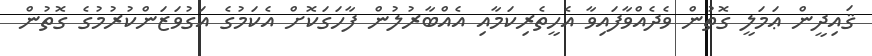
ޤައިދީން ޢަމަލީ ގޮތުން ވެދެއްވާފައިވާ އެހީތެރިކަމާއި އެއްބާރުލުން ފާހަގަކޮށް އެކަމުގެ އަގުވަޒަންކުރުމުގެ ގޮތުން